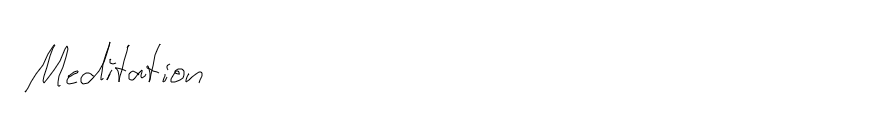
Meditation